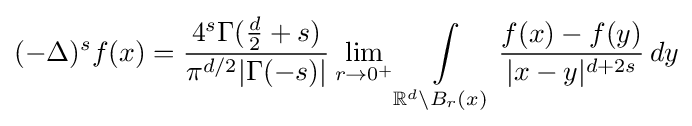
(-\Delta )^{s}f(x)={\frac {4^{s}\Gamma ({\frac {d}{2}}+s)}{\pi ^{d/2}|\Gamma (-s)|}}\lim _{r\to 0^{+}}\int \limits _{\mathbb {R} ^{d}\setminus B_{r}(x)}{{\frac {f(x)-f(y)}{|x-y|^{d+2s}}}\,dy}